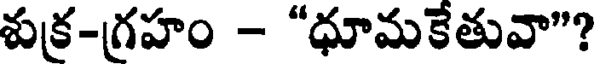
శుక్ర-గ్రహం - "ధూమకేతువా"?